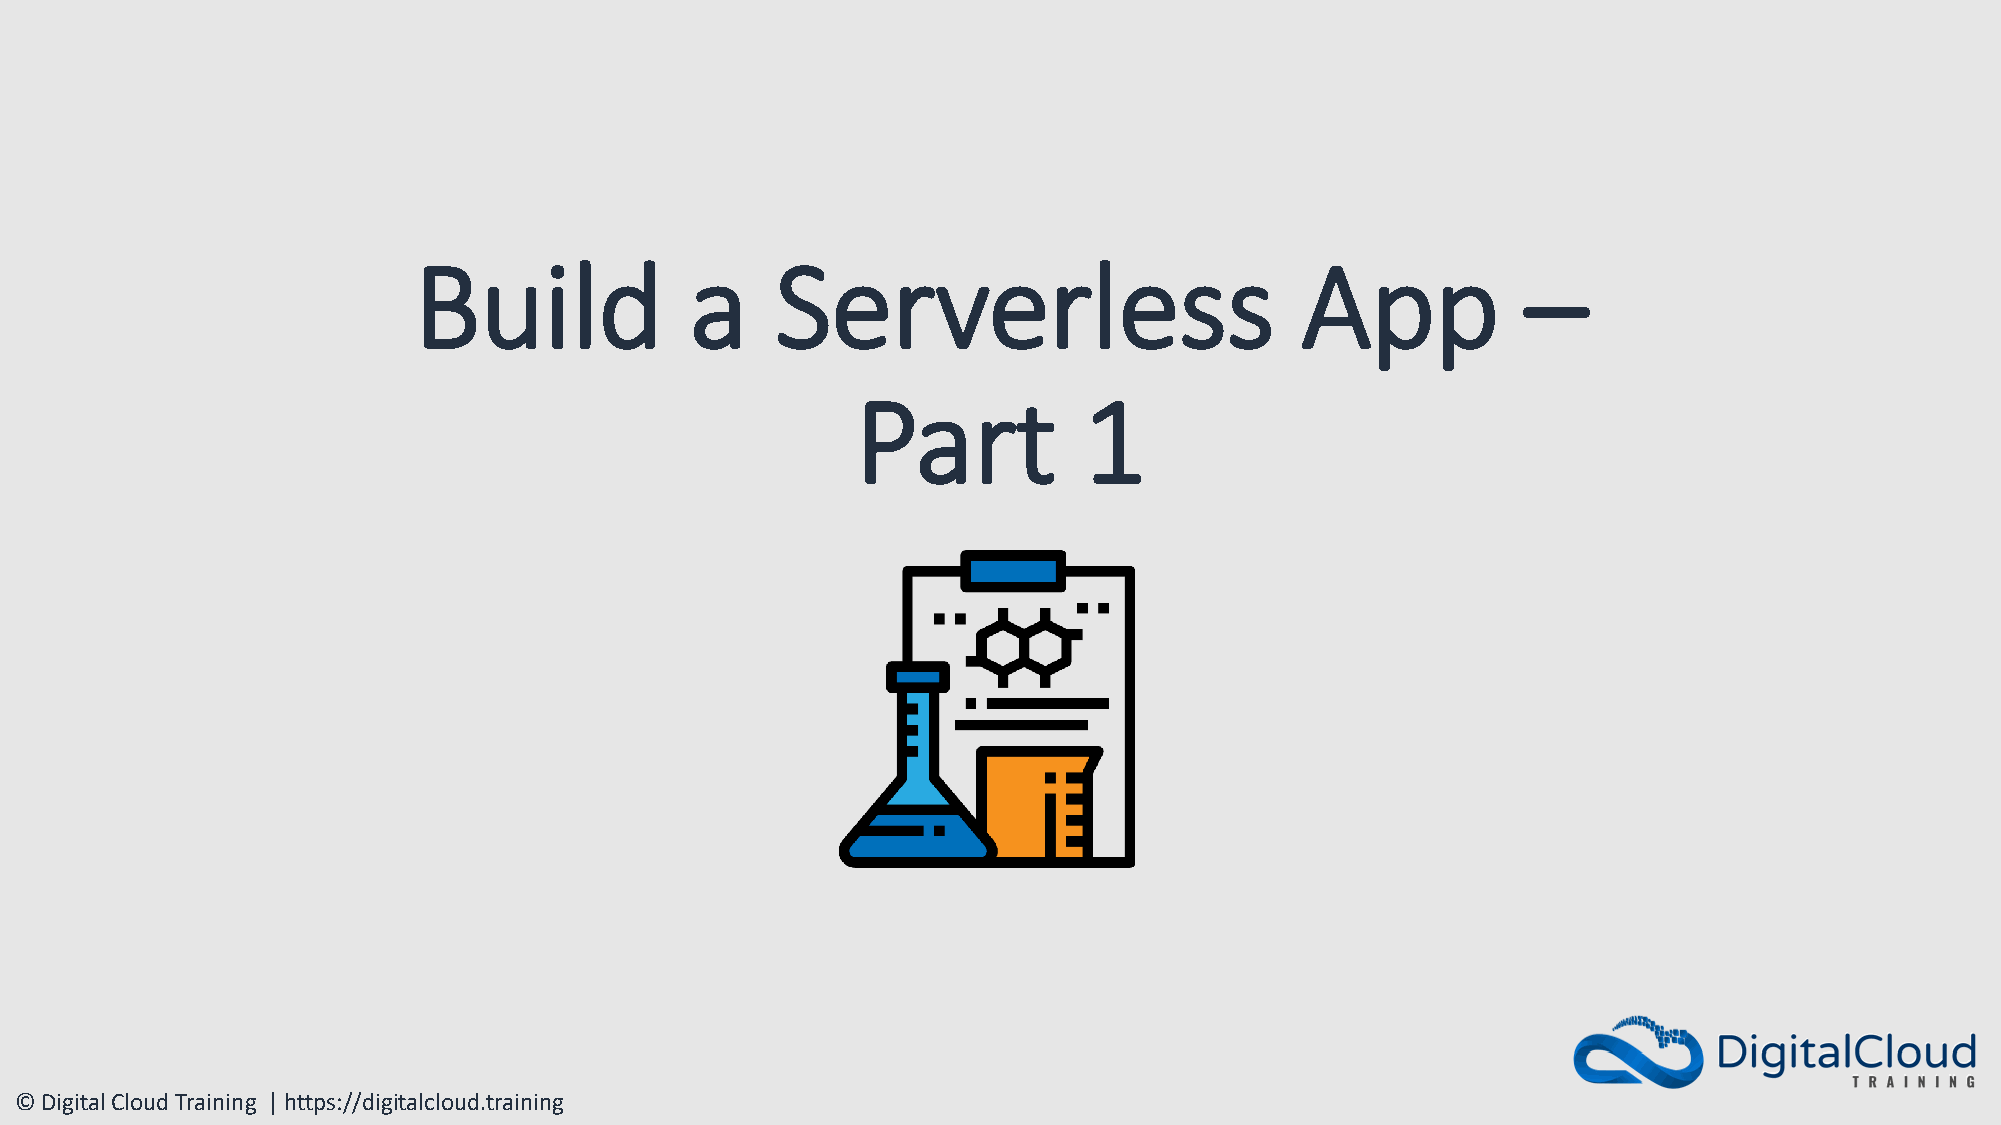
Build              a    Serverless                         App            –
 Part           1
 © Digital Cloud Training | https://digitalcloud.training